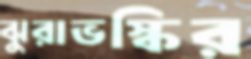
ঝুরাভস্কির